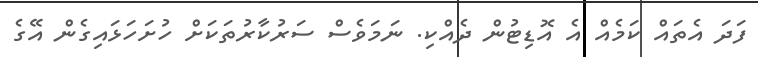
ފަދަ އެތައް ކަމެއް އެ އޮޑިޓުން ދެއްކި. ނަމަވެސް ސަރުކާރުތަކަށް ހުށަހަޅައިގެން އޭގެ